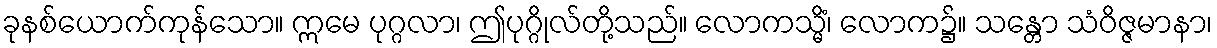
ခုနစ်ယောက်ကုန်သော။ ဣမေ ပုဂ္ဂလာ၊ ဤပုဂ္ဂိုလ်တို့သည်။ လောကသ္မိံ၊ လောက၌။ သန္တော သံဝိဇ္ဇမာနာ၊